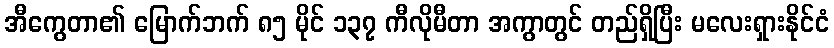
အီကွေတာ၏ မြောက်ဘက် ၈၅ မိုင် ၁၃၇ ကီလိုမီတာ အကွာတွင် တည်ရှိပြီး မလေးရှားနိုင်ငံ